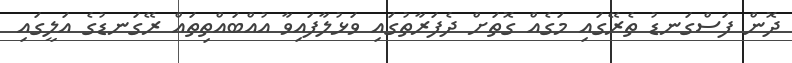
ދޮން ފަސްގަނޑު ތެރޭގައި މަގެއް ގޮތަށް ދެފަރާތުގައި ވަޅުލާފައިވާ އުއްބައްތިތައް ރޭގަނޑުގެ އަލީގައި